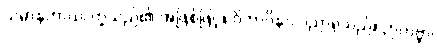
သမာနတာယ၊ တူသည်၏ အဖြစ်ဖြင့်။ ဝိဘာဝိနာ၊ ပညာရှိသည်။ ဉာတဗ္ဗာ၊